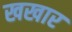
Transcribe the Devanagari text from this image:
खखार